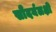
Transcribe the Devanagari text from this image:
सौंदर्यलक्षी